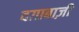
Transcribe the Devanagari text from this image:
दग़ाबाज़ी